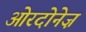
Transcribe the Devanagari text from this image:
ओरदोनेज़